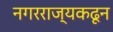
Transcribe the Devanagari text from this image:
नगरराज्यकढून